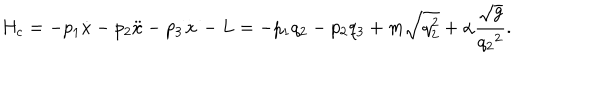
H _ { c } = - p _ { 1 } { \dot { x } } - p _ { 2 } { \ddot { x } } - p _ { 3 } { \stackrel { \ldots } { x } } - L = - p _ { 1 } q _ { 2 } - p _ { 2 } q _ { 3 } + m \sqrt { q _ { 2 } ^ { 2 } } + \alpha \frac { \sqrt { g } } { { q _ { 2 } } ^ { 2 } } .